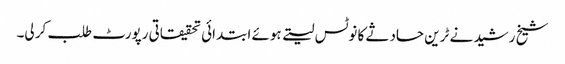
شیخ رشید نے ٹرین حادثے کا نوٹس لیتے ہوئے ابتدائی تحقیقاتی رپورٹ طلب کر لی۔